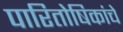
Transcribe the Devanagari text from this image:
पारितोषिकांचे